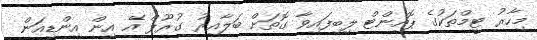
މިހާރު ޓީމްތަކުގެ ޕޮއިންޓް ލިބިފައިވާ ގޮތަށް ބަލާއިރު ގުރޫޕް އޭ އިން އިންޑިއަން